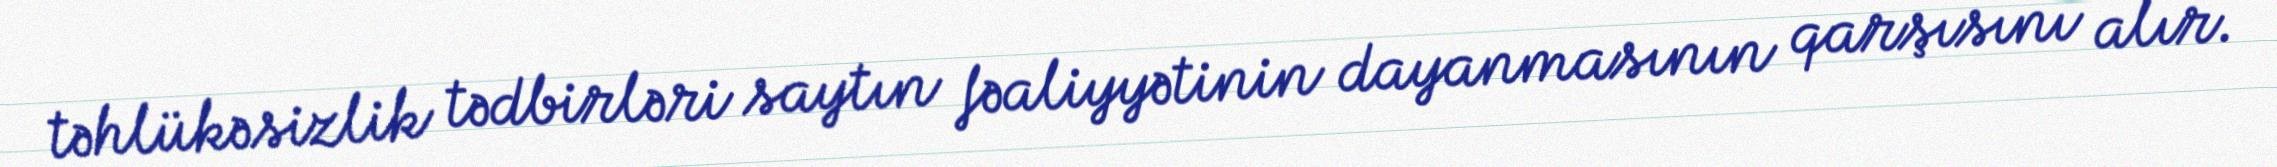
təhlükəsizlik tədbirləri saytın fəaliyyətinin dayanmasının qarşısını alır.